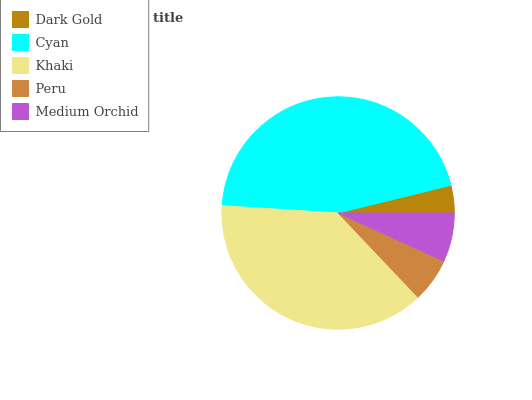
| Dark Gold | Cyan | Khaki | Peru | Medium Orchid |
 | --- | --- | --- | --- | --- |
 | 3.84% | 45.2% | 38% | 6.11% | 6.8% |